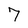
Character: 7